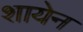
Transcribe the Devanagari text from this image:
शायेन